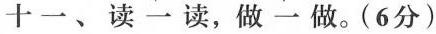
十一、读一读，做一做。(6分)